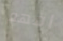
افهم